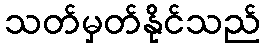
သတ်မှတ်နိုင်သည်